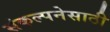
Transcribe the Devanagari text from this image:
संकल्पनेसाठी